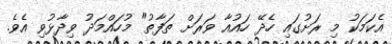
އެކަމަކު މި ރަށުގައި ހެދޭ ހައުއާ ވަރަށް ތަފާތު" މުހައްމަދު ވިދާޅުވި އެވެ.